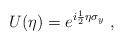
LaTeX: \begin{align*}U(\eta )=e^{i\frac{1}{2}\eta \sigma _{y}}\;,\end{align*}